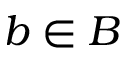
b \in B